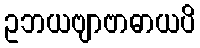
ဥဘယဗျာဗာဓာယပိ